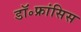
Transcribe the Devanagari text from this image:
डॉ॰फ्रांसिस